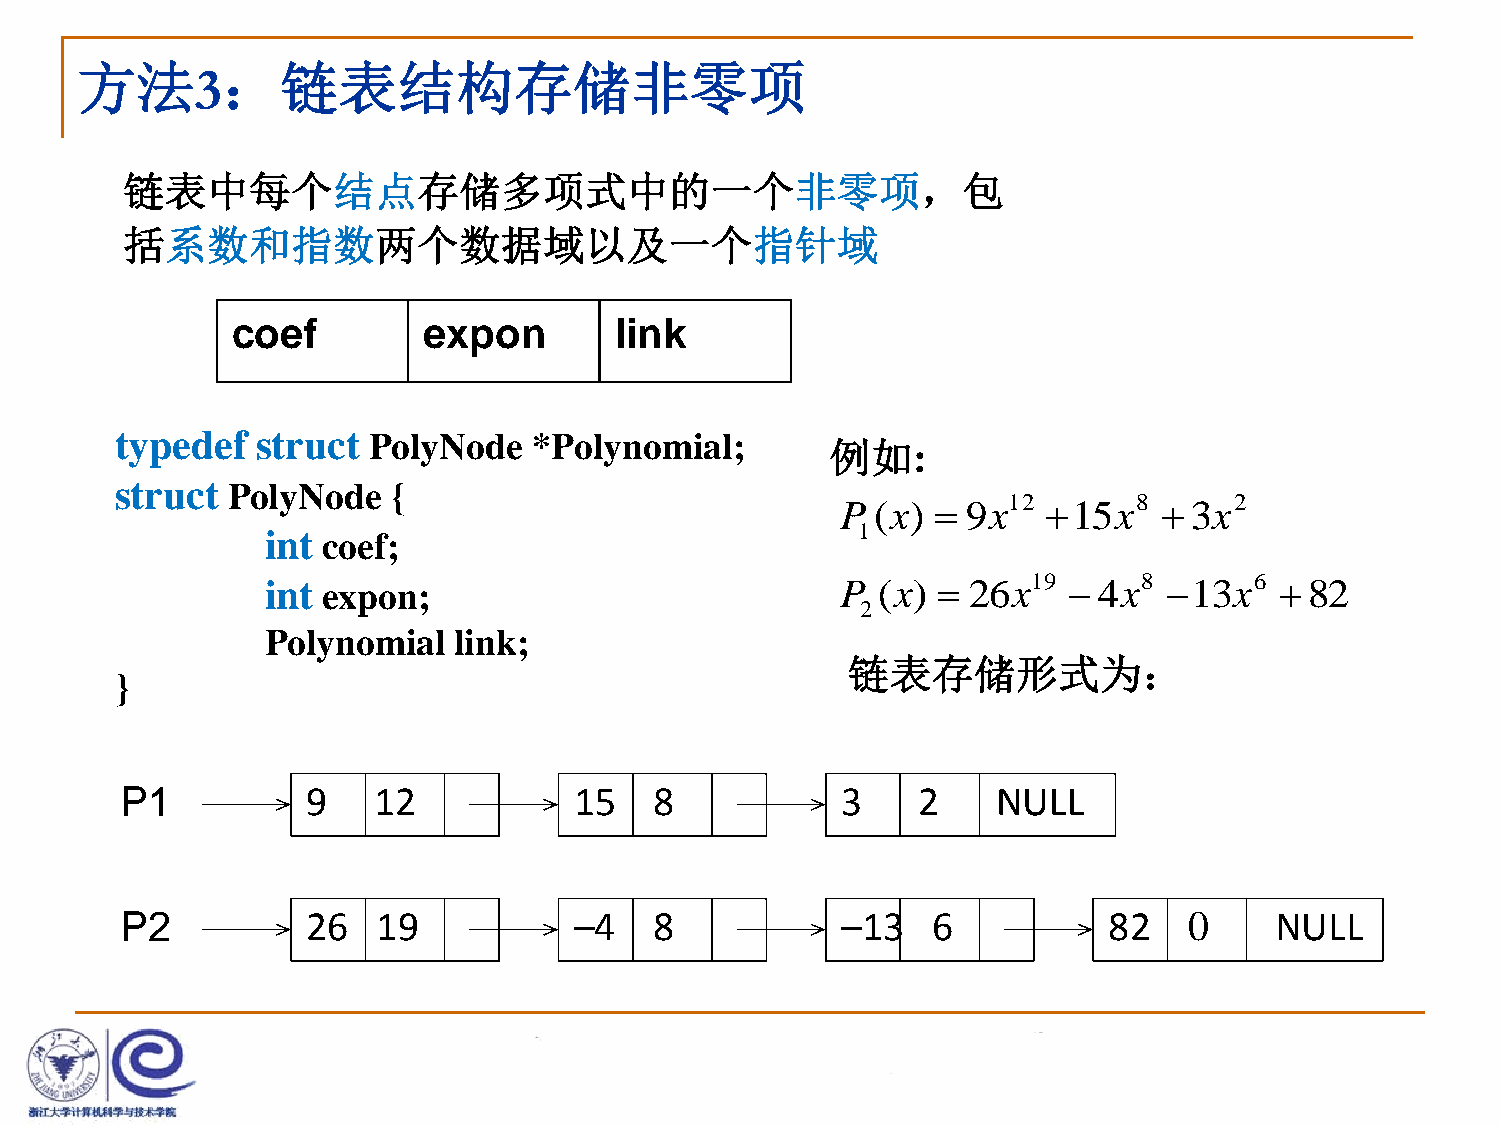
方法        ：链表结构存储非零项
 3
 链表中每个结点存储多项式中的一个非零项，包
 括系数和指数两个数据域以及一个指针域
 coef         expon        link
 typedef  struct PolyNode   *Polynomial;
 例如:
 struct PolyNode   {
 P (x)  9x12 15x8    3x2
 int coef;                              1
 int expon;                            P (x)  26x19   4x8 13x6   82
 2
 Polynomial  link;
 链表存储形式为：
 }
 P1          9    12           15   8            3    2    NULL
 P2          26   19           –4   8            –13   6          82    0    NULL